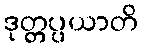
ဒုတ္တပ္ပယာတိ